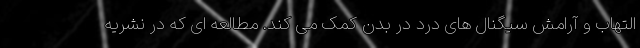
التهاب و آرامش سیگنال های درد در بدن کمک می کند. مطالعه ای که در نشریه